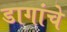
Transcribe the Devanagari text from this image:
डागांचे